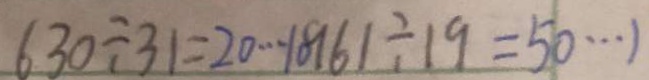
6 3 0 \div 3 1 = 2 0 \cdots 1 8 1 6 1 \div 1 9 = 5 0 \cdots )